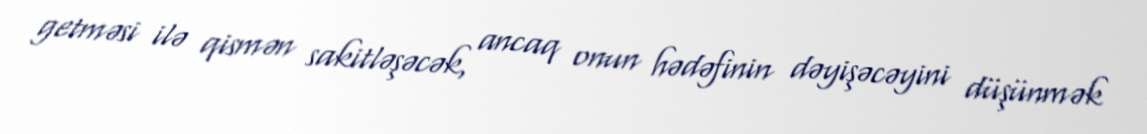
getməsi ilə qismən sakitləşəcək, ancaq onun hədəfinin dəyişəcəyini düşünmək